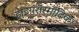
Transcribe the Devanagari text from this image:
हाइपरॉस्मॉटिक